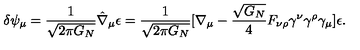
\delta \psi _ { \mu } = { \frac { 1 } { \sqrt { 2 \pi G _ { N } } } } \hat { \nabla } _ { \mu } \epsilon = { \frac { 1 } { \sqrt { 2 \pi G _ { N } } } } [ \nabla _ { \mu } - { \frac { \sqrt { G _ { N } } } { 4 } } F _ { \nu \rho } \gamma ^ { \nu } \gamma ^ { \rho } \gamma _ { \mu } ] \epsilon .